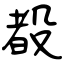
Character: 殾